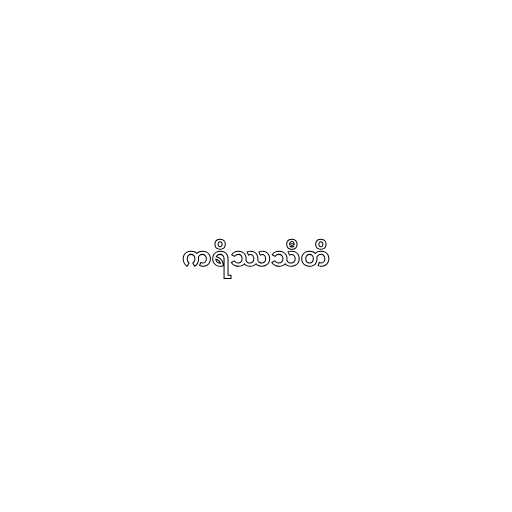
ကရိဿသီတိ